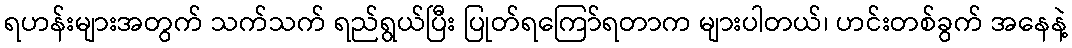
ရဟန်းများအတွက် သက်သက် ရည်ရွယ်ပြီး ပြုတ်ရကြော်ရတာက များပါတယ်၊ ဟင်းတစ်ခွက် အနေနဲ့